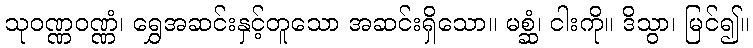
သုဝဏ္ဏဝဏ္ဏံ၊ ရွှေအဆင်းနှင့်တူသော အဆင်းရှိသော။ မစ္ဆံ၊ ငါးကို။ ဒိသွာ၊ မြင်၍။